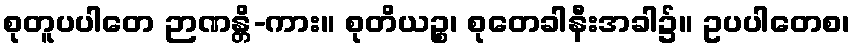
စုတူပပါတေ ဉာဏန္တိ-ကား။ စုတိယဉ္စ၊ စုတေခါနီးအခါ၌။ ဥပပါတေစ၊